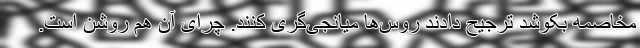
مخاصمه بکوشد ترجیح دادند روس‌ها میانجی‌گری کنند. چرای آن هم روشن است.